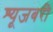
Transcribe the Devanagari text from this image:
श्यूजबरी